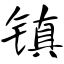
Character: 镇